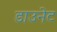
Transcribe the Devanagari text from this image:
डाउनेट